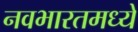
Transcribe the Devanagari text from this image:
नवभारतमध्ये